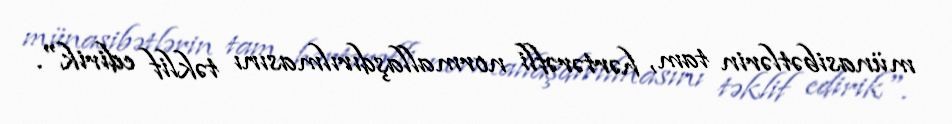
münasibətlərin tam, hərtərəfli normallaşdırılmasını təklif edirik".